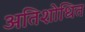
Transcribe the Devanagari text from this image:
अतिशोधित